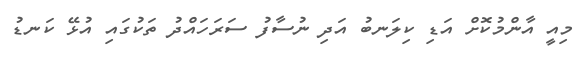
މިއީ އާންމުކޮށް އަޑި ކިލަނބު އަދި ނުސާފު ސަރަހައްދު ތަކުގައި އުޅޭ ކަނޑު